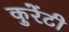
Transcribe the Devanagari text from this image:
कुरेंटी